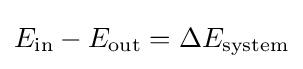
E_{\text{in}}-E_{\text{out}}=\Delta E_{\text{system}}